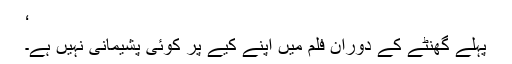
‘
پہلے گھنٹے کے دوران فلم میں اپنے کیے پر کوئی پشیمانی نہیں ہے۔